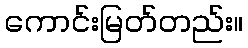
ကောင်းမြတ်တည်း။